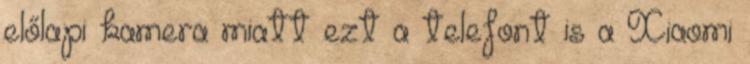
előlapi kamera miatt ezt a telefont is a Xiaomi